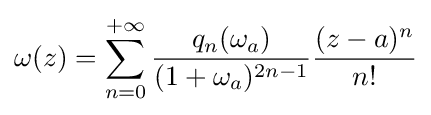
\omega (z)=\sum _{n=0}^{+\infty }{\frac {q_{n}(\omega _{a})}{(1+\omega _{a})^{2n-1}}}{\frac {(z-a)^{n}}{n!}}